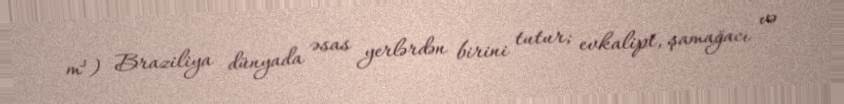
m³) Braziliya dünyada əsas yerlərdən birini tutur; evkalipt, şamağacı və